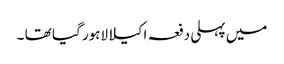
میں پہلی دفعہ اکیلا لاہور گیا تھا ۔